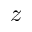
z